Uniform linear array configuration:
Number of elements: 48
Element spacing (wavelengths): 1
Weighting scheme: hann
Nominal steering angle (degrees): -15
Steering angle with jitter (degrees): -14.686
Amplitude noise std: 0.05
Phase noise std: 0.05

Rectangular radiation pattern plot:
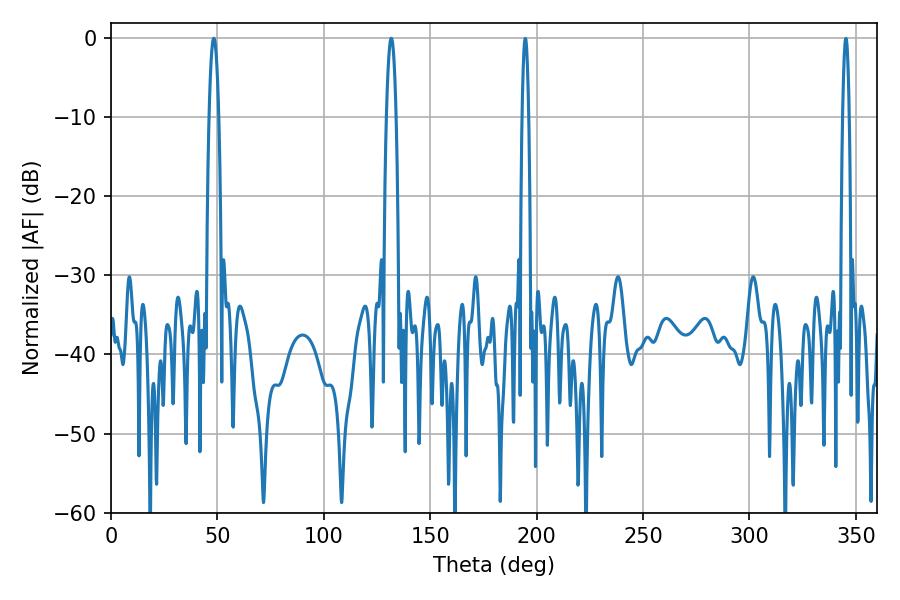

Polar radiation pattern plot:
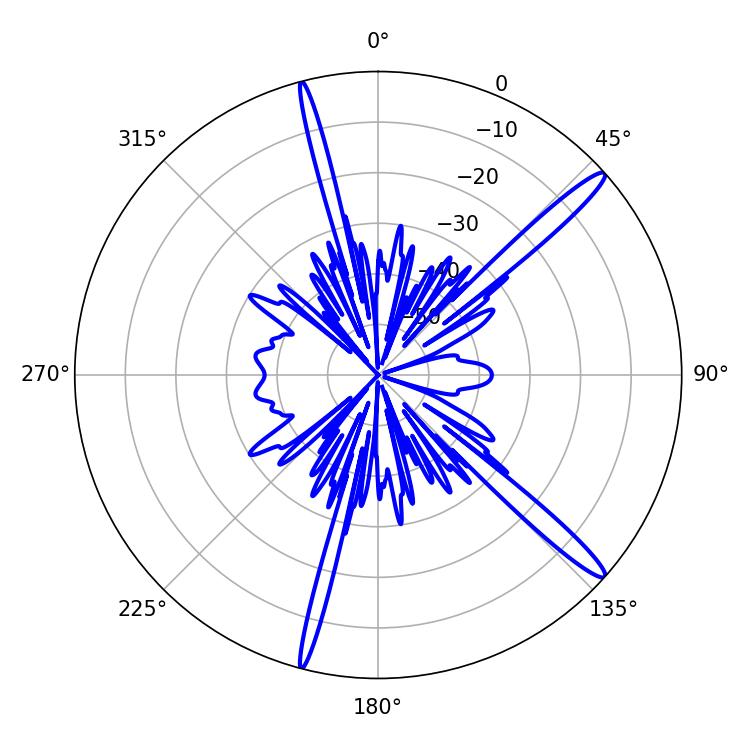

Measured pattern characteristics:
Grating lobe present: TRUE
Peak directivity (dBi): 15.628
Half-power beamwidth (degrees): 2.34
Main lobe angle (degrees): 131.76